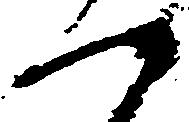
つ